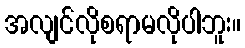
အလျင်လိုစရာမလိုပါဘူး။